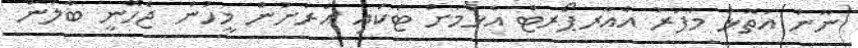
ނޫނު އަތޮޅު މާފަރު އެއާރޕޯރޓް އެޅުމަށް ޓަކައި އެރަށުން މީހުން ޖެހޭނީ ބާލަން